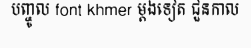
បញ្ចូល font khmer ម្តងទៀត ជួនកាល